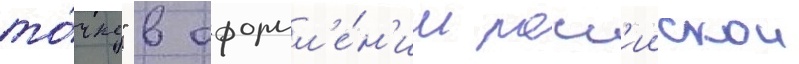
то́чку" в оформл'е́н'ии росс'иискои